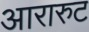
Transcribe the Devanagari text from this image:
आरारुट